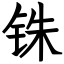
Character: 铢